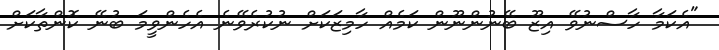
"އެކަމާ ހާސްނުވޭ އިޒޫ ބޭނުންނޫން ކަމެއް ހާމިޒަކަށް ނުކުރެވޭނެ އެހެންވީމަ ބުނޭ ކޮންތާކަށް